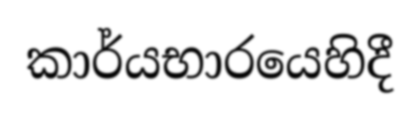
කාර්යභාරයෙහිදී